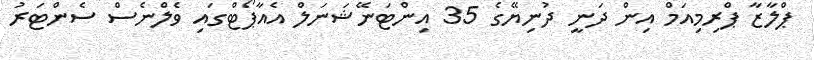
ޕްލާޒާ ޕްރިމިއަމް އިން ދަނީ ދުނިޔޭގެ 35 އިންޓަނޭޝަނަލް އެއާޕޯޓްގައި ވެލްނެސް ސެންޓަރު